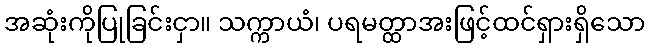
အဆုံးကိုပြုခြင်းငှာ။ သက္ကာယံ၊ ပရမတ္ထာအးဖြင့်ထင်ရှားရှိသော